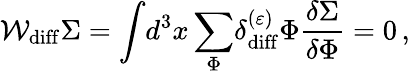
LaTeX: {\cal W}_{\mathrm{diff}}\Sigma=\displaystyle{\int}d^{3}x\, \displaystyle{\sum_{\Phi}^{}}\delta_{\mathrm{diff}}^{(\varepsilon)}\Phi{\displaystyle{\frac{\delta\Sigma}{\delta\Phi}}}=0\, ,